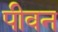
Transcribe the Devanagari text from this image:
पीवन